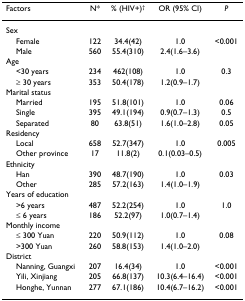
| Factors | N* | % (HIV+)† | OR (95% CI) | P |
 | --- | --- | --- | --- | --- |
 | Sex |  |  |  |  |
 | Female | 122 | 34.4(42) | 1.0 | <0.001 |
 | Male | 560 | 55.4(310) | 2.4(1.6–3.6) |  |
 | Age |  |  |  |  |
 | <30 years | 234 | 462(108) | 1.0 | 0.3 |
 | ≥ 30 years | 353 | 50.4(178) | 1.2(0.9–1.7) |  |
 | Marital status |  |  |  |  |
 | Married | 195 | 51.8(101) | 1.0 | 0.06 |
 | Single | 395 | 49.1(194) | 0.9(0.7–1.3) | 0.5 |
 | Separated | 80 | 63.8(51) | 1.6(1.0–2.8) | 0.05 |
 | Residency |  |  |  |  |
 | Local | 658 | 52.7(347) | 1.0 | 0.005 |
 | Other province | 17 | 11.8(2) | 0.1(0.03–0.5) |  |
 | Ethnicity |  |  |  |  |
 | Han | 390 | 48.7(190) | 1.0 | 0.03 |
 | Other | 285 | 57.2(163) | 1.4(1.0–1.9) |  |
 | Years of education |  |  |  |  |
 | >6 years | 487 | 52.2(254) | 1.0 | 1.0 |
 | ≤ 6 years | 186 | 52.2(97) | 1.0(0.7–1.4) |  |
 | Monthly income |  |  |  |  |
 | ≤ 300 Yuan | 220 | 50.9(112) | 1.0 | 0.08 |
 | >300 Yuan | 260 | 58.8(153) | 1.4(1.0–2.0) |  |
 | District |  |  |  |  |
 | Nanning, Guangxi | 207 | 16.4(34) | 1.0 | <0.001 |
 | Yili, Xinjiang | 205 | 66.8(137) | 10.3(6.4–16.4) | <0.001 |
 | Honghe, Yunnan | 277 | 67.1(186) | 10.4(6.7–16.2) | <0.001 |